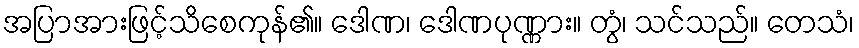
အပြာအားဖြင့်သိစေကုန်၏။ ဒေါဏ၊ ဒေါဏပုဏ္ဏား။ တွံ၊ သင်သည်။ တေသံ၊